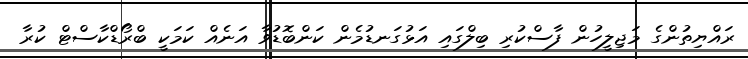
ރައްޔިތުންގެ މަޖިލީހުން ފާސްކުރި ބިލްގައި އަޅުގަނޑުމެން ކަންބޮޑުވާ އަނެއް ކަމަކީ ބްރޯޑްކާސްޓް ކުރާ